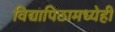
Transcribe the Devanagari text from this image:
विद्यापिठामध्येही